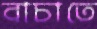
বাচাতে